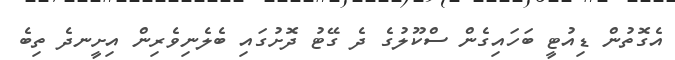
އެގޮތުން ޑިއުޓީ ބަހައިގެން ސްކޫލުގެ ދެ ގޭޓު ދޮށުގައި ބެލެނިވެރިން އިށީނދެ ތިބެ